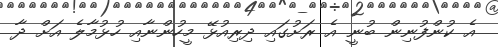
އެ ކުންފުނިން ބުނީ އެ ރަށުގައި ދިރިއުޅޭ މީހުންނާއި ހުޅުމާލެ އަށް ދާ